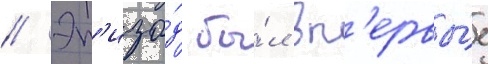
// Эп'изо́д бы́л вп'ервы́е